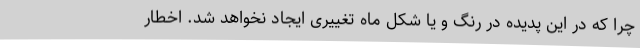
چرا که در این پدیده در رنگ و یا شکل ماه تغییری ایجاد نخواهد شد. اخطار